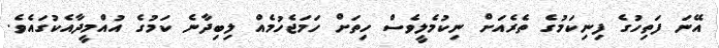
އޭނަ ފަތިހުގެ ފިނިކަމުގެ ތެރެއަށް ނިކުމެލީވެސް ހިތަށް ހަމަޖެހުމެއް ލިބިދާނެ ކަމުގެ އުއްމީދާއެކުގައެވެ.